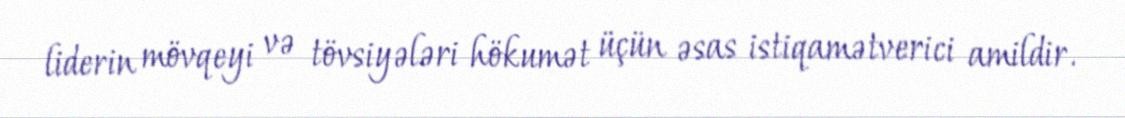
liderin mövqeyi və tövsiyələri hökumət üçün əsas istiqamətverici amildir.